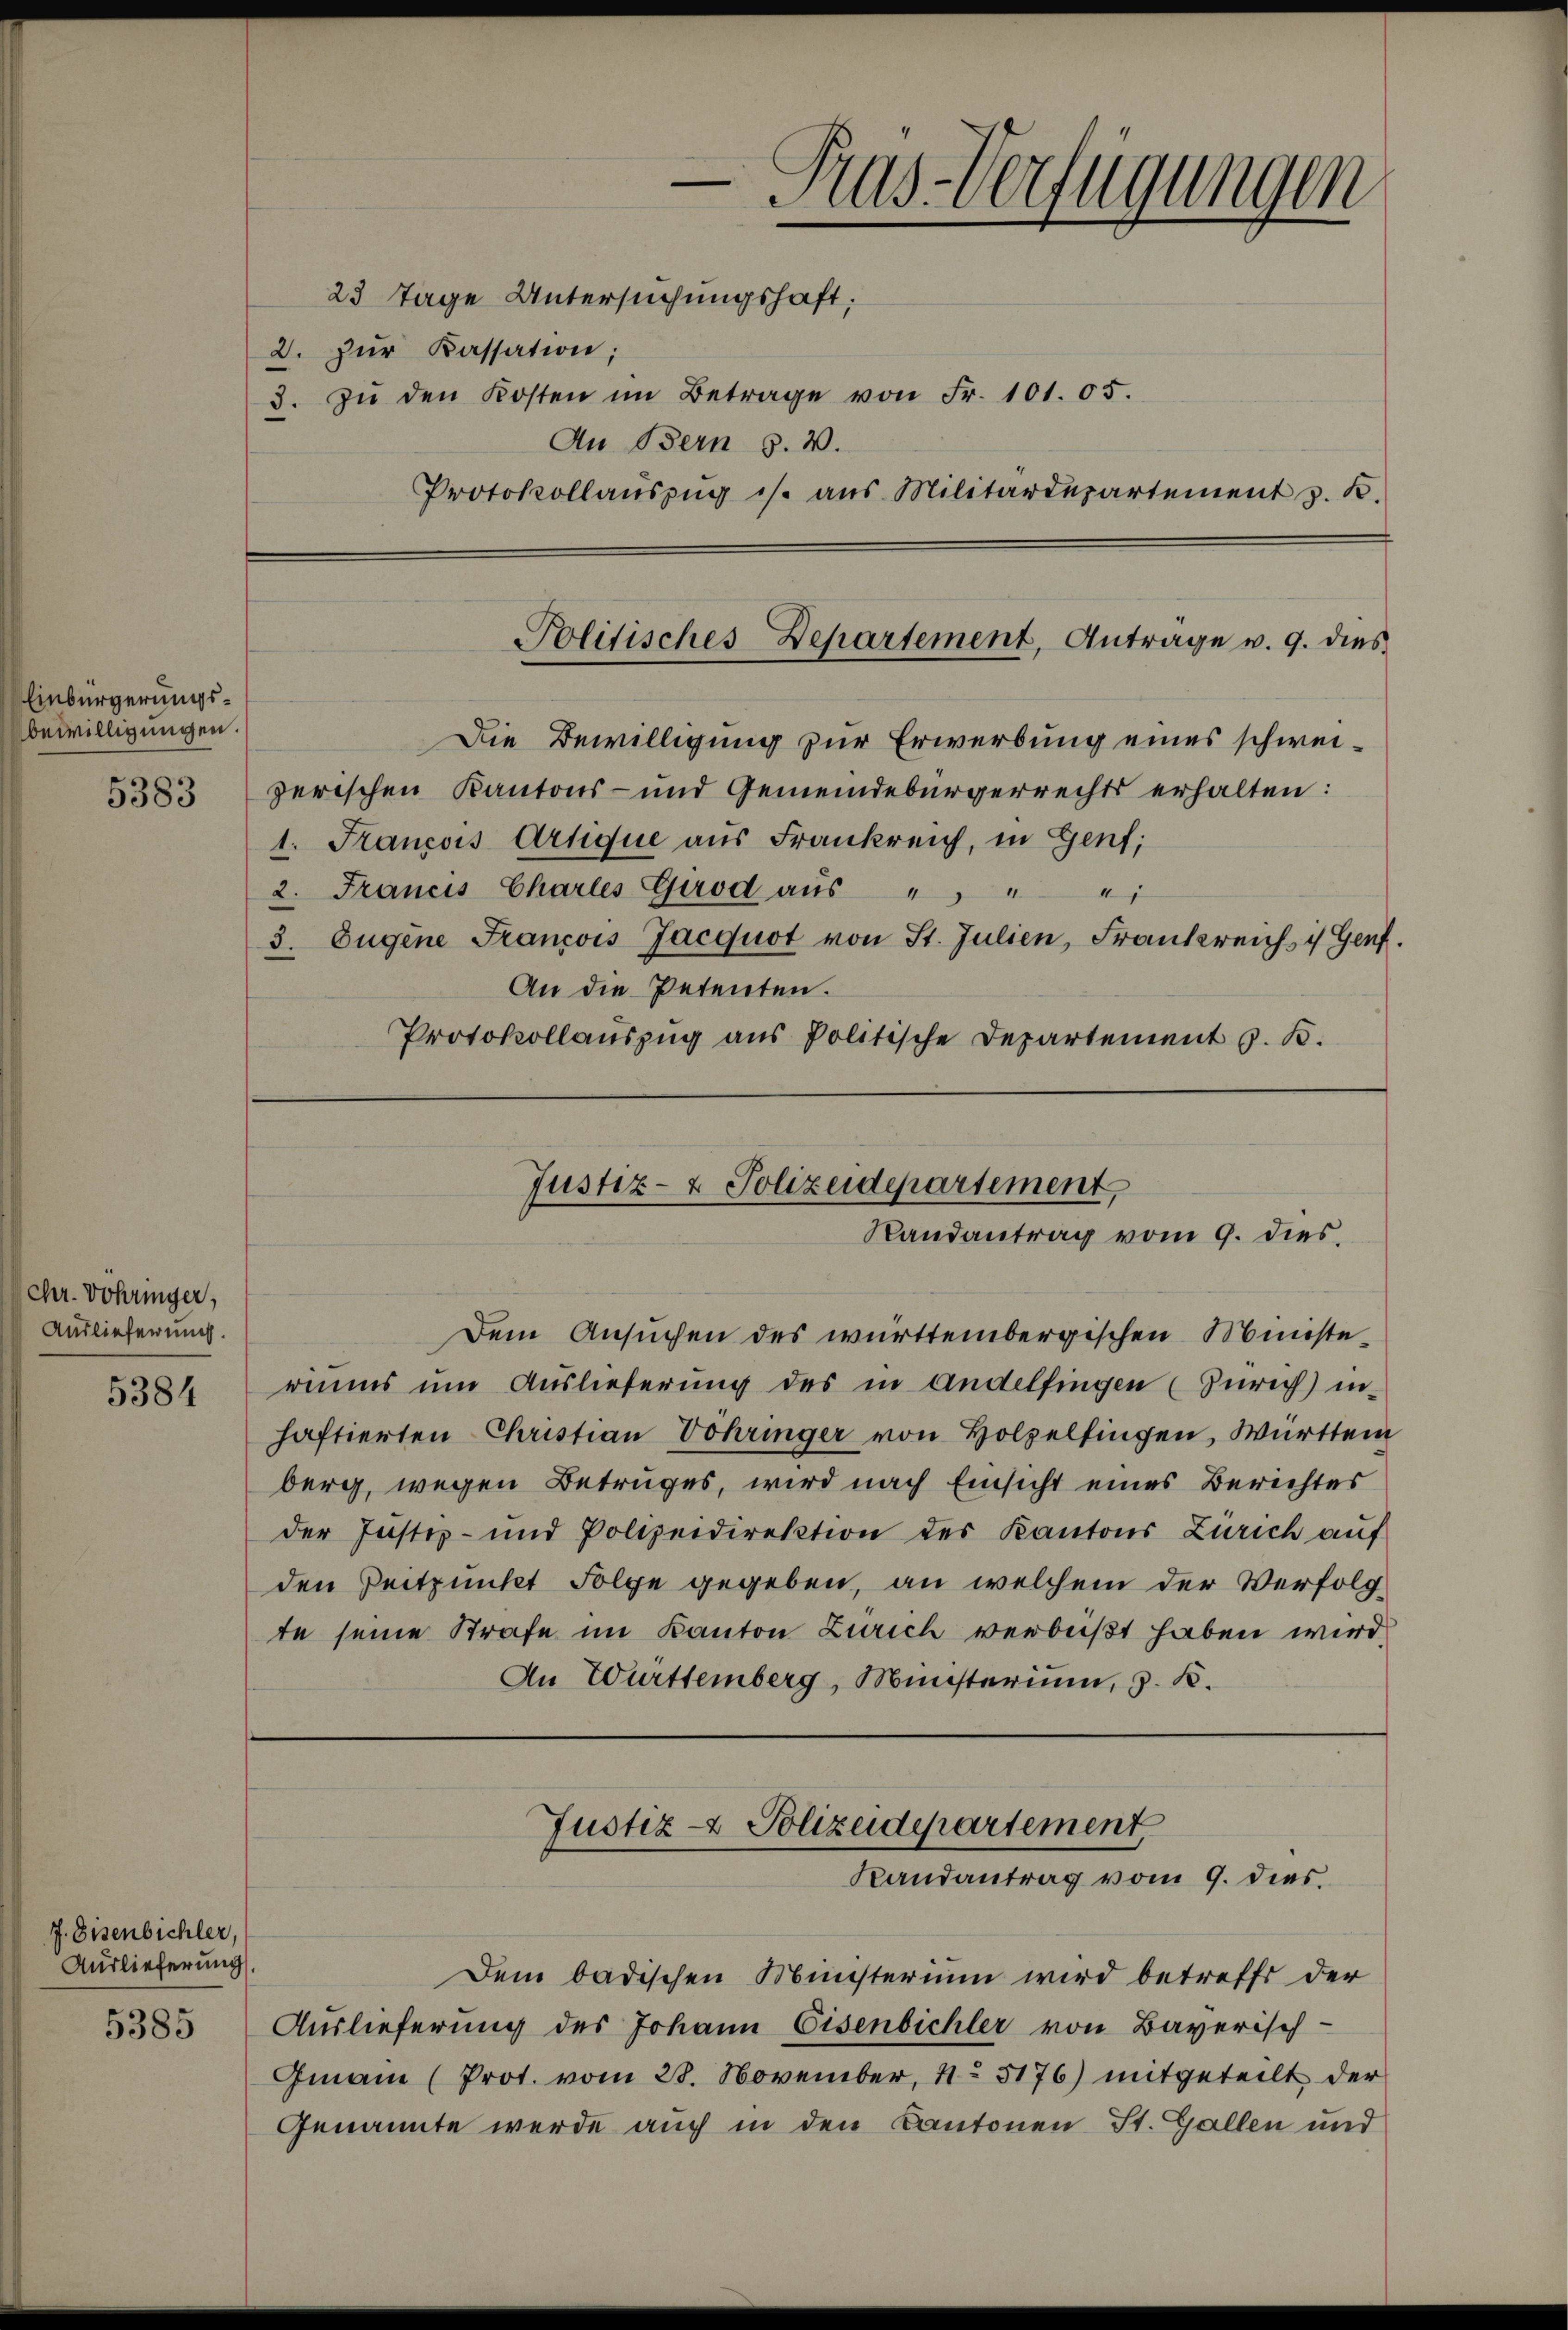
Einbürgerungsbewilligungen.
5383

Chr. Vohringer,
Auslieferung.

5384

7. Eisenbichler,
Auslieferung.
5385

23 Tage Untersuchungshaft;
2. zŭr Kassation;
3. zŭ den Kosten im Betrage von Fr. 101. 05.
An Bern z. B.
Protokollaŭszŭg ist aus Militärdepartement z. B.

Die Bewilligung zur Erwerbung eines schweizerischen Kantons- und Gemeindebürgerrechts erhalten:
1. Francois Artique aus Frankreich, in Genf;
2. Francis Charles Grod aŭs " " "
3. Eugene Francois Jacquot von St. Julien, Frankreich : Genf.
An die Petenten.
Protokollauszug aus Politische Departement z. B.

— Pas-Verfügungen

Politisches Departement, Antrage v. 9. dies

Justiz- & Polizeidepartement,
Randantrag vom 9. dies

Dem Ansuchen des württembergischen Ministewinns um Auslieferung des in Andelfingen (Zürich) in
haftierten Christian Vohringer von Holzelfingen, Württem
berg, wegen Betruges, wird nach Einsicht eines Berichtes
der Justiz- und Polizeidirektion des Kantons Zürich auf
den Zeitpunkt Folge gegeben, an welchem der Verfolgte seine Strafe im Kanton Zürich verbeißt haben wird
An Württemberg, Münsterium, z. K.
Justiz- & Polizeidepartement
Randantrag vom 9. dies
Dem badischen Ministerium wird betreff der
Auslieferung des Johann Eisenbichler von Bayerisch-
Gmann (Prot. vom 28. November, 4. 5176) mitgeteilt der
Genannte werde auch in den Kantonen St. Gallen und